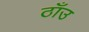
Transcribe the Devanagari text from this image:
ठाँउ